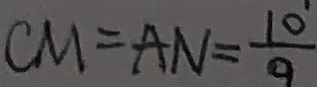
C M = A N = \frac { 1 0 } { 9 }